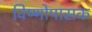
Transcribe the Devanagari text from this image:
विष्णोपासक